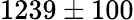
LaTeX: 1239\pm 100